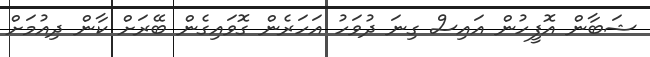
ޝަބާން އޮފީހުން އައިސް ގިނަ ދުވަހު އަހަރެން ގޮވައިގެން ބޭރަށް ކާން ދިއުމަށް